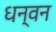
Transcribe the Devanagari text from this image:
धन्वन